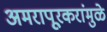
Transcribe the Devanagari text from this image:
अमरापूूरकरांमुळे